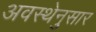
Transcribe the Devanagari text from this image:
अवस्थेनुसार